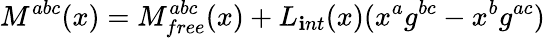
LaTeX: M^{abc}(x)=M_{free}^{abc}(x)+L_{\mathbf{i}nt}(x)(x^{a}g^{bc}-x^{b}g^{ac})